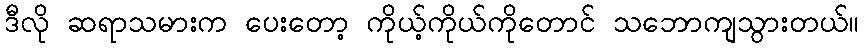
ဒီလို ဆရာသမားက ပေးတော့ ကိုယ့်ကိုယ်ကိုတောင် သဘောကျသွားတယ်။